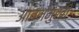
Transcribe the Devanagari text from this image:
आत्ममुखी